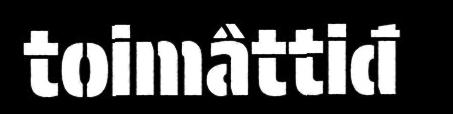
toimâttiđ